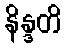
နိန္ဒတိ